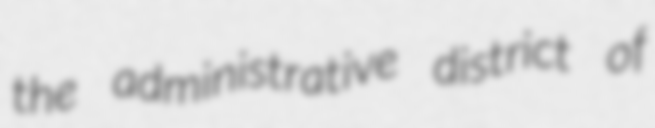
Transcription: the administrative district of